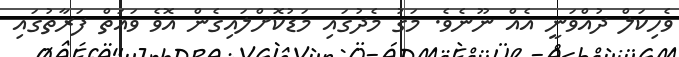
ވެހިކަލް ދުއްވަނީ އެއް ނޫނެވެ. މަގު މެދުގައި މަޑުކޮށްލައިގެން އޮވެ ވައަތް ފަރާތުގައި